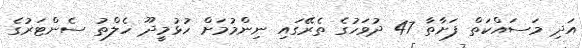
އަދި މަސައްކަތް ފަށާތާ 47 ދުވަހުގެ ތެރޭގައި ނިންމުމަށް ހުޅުމީދޫ ހެލްތު ސެންޓަރުގެ